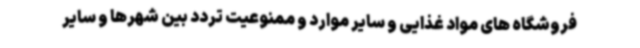
فروشگاه های مواد غذایی و سایر موارد و ممنوعیت تردد بین شهرها و سایر